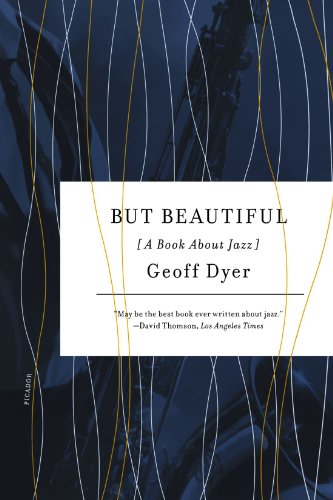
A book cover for But Beautiful: A Book About Jazz; Geoff Dyer; Literature & Fiction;